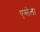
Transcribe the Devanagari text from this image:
एस्तेला